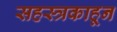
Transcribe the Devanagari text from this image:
सहस्त्रकाहून